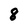
Character: 8